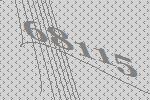
68115